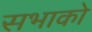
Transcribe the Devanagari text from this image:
सभाको